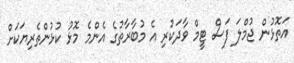
އަތޮޅުން ޖުމްލަ ފަސް ޓީމް ވާދަކުރި އެ މުބާރާތުގެ އެންމެ މޮޅު ކުޅުންތެރިޔަކަށް